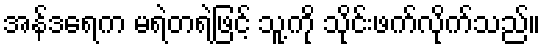
အန်ဒရေက မရဲတရဲဖြင့် သူ့ကို သိုင်းဖက်လိုက်သည်။